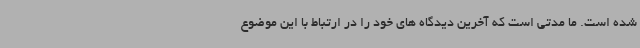
شده است. ما مدتی است که آخرین دیدگاه های خود را در ارتباط با این موضوع